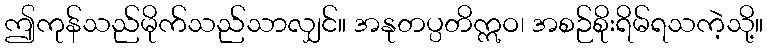
ဤကုန်သည်မိုက်သည်သာလျှင်။ အနုတပ္ပတိဣဝ၊ အစဉ်စိုးရိမ်ရသကဲ့သို့။